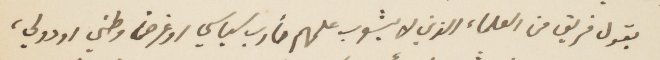
يقول فريق من العلماء الذين لا يشوب علمهم مأرب سياسي او غرض وطني او دولي،